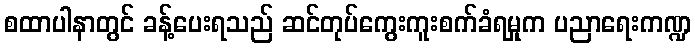
စထာပါနာတွင် ခန့်ပေးရသည် ဆင်တုပ်ကွေးကူးစက်ခံရမှုက ပညာရေးကဏ္ဍ